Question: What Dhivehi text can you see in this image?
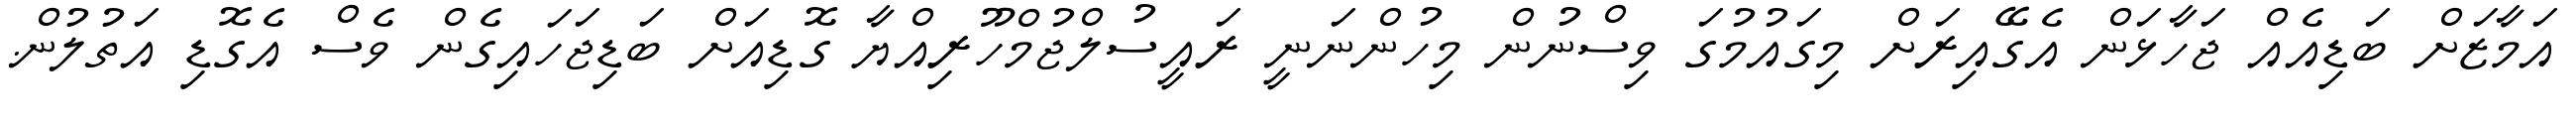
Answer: އަމާޒަށް ބަޑިއެއް ޖަހާޅަން އެގޭއިރަށް މިގައުމުގަ ވިސްނުން މިހުންނަނީ ރައީސުލްޖުމްހޫރިއްޔާ ގޮޑިއަށް ބަޑިޖަހައިގެން ވެސް އެގޮޑި އަތުލުން.